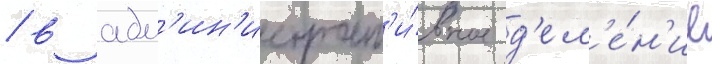
/ в адм'ин'истрат'и́вное д'ел'е́н'ие